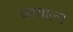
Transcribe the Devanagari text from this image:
कायाल्प